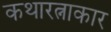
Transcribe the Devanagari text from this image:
कथारत्नाकार